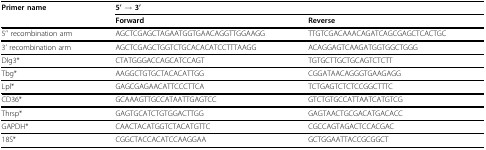
<table><thead><tr><td><b>Primer name</b></td><td><b>5&#x27; → 3&#x27;</b></td><td></td></tr><tr><td></td><td><b>Forward</b></td><td><b>Reverse</b></td></tr></thead><tbody><tr><td>5&#x27;&#x27; recombination arm</td><td>AGCTCGAGCTAGAATGGTGAACAGGTTGGAAGG</td><td>TTGTCGACAAACAGATCAGCGAGCTCACTGC</td></tr><tr><td>3&#x27; recombination arm</td><td>AGCTCGAGCTGGTCTGCACACATCCTTTAAGG</td><td>ACAGGAGTCAAGATGGTGGCTGGG</td></tr><tr><td>Dlg3*</td><td>CTATGGGACCAGCATCCAGT</td><td>TGTGCTTGCTGCAGTCTCTT</td></tr><tr><td>Tbg*</td><td>AAGGCTGTGCTACACATTGG</td><td>CGGATAACAGGGTGAAGAGG</td></tr><tr><td>Lpl*</td><td>GAGCGAGAACATTCCCTTCA</td><td>TCTGAGTCTCTCCGGCTTTC</td></tr><tr><td>CD36*</td><td>GCAAAGTTGCCATAATTGAGTCC</td><td>GTCTGTGCCATTAATCATGTCG</td></tr><tr><td>Thrsp*</td><td>GAGTGCATCTGTGGACTTGG</td><td>GAGTAACTGCGACATGACACC</td></tr><tr><td>GAPDH*</td><td>CAACTACATGGTCTACATGTTC</td><td>CGCCAGTAGACTCCACGAC</td></tr><tr><td>18S*</td><td>CGGCTACCACATCCAAGGAA</td><td>GCTGGAATTACCGCGGCT</td></tr></tbody></table>